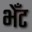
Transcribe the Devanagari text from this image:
भेँट